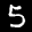
Label: 5